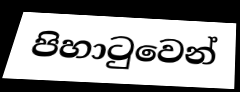
පිහාටුවෙන්